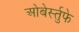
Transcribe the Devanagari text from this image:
ओबेर्स्तुफे